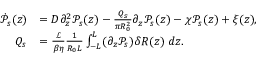
\begin{array} { r l } { \dot { \mathcal { P } } _ { s } ( z ) } & { = D \partial _ { z } ^ { 2 } \mathcal { P } _ { s } ( z ) - \frac { Q _ { s } } { \pi R _ { 0 } ^ { 2 } } \partial _ { z } \mathcal { P } _ { s } ( z ) - \chi \mathcal { P } _ { s } ( z ) + \xi ( z ) , } \\ { Q _ { s } } & { = \frac { \mathcal { L } } { \beta \eta } \frac { 1 } { R _ { 0 } L } \int _ { - L } ^ { L } ( \partial _ { z } \mathcal { P } _ { s } ) \delta R ( z ) \ d z . } \end{array}